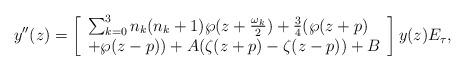
LaTeX: \begin{align*}y^{\prime \prime}(z)=\left[\begin{array}[c]{l}\sum_{k=0}^{3}n_{k}(n_{k}+1)\wp(z+\tfrac{\omega_{k}}{2})+\tfrac{3}{4}(\wp(z+p)\\+\wp(z-p))+A(\zeta(z+p)-\zeta(z-p))+B\end{array}\right] y(z)E_{\tau}, \end{align*}